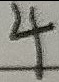
4